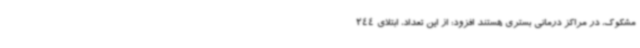
مشکوک، در مراکز درمانی بستری هستند افزود: از این تعداد، ابتلای 244